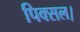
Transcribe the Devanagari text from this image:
पिक्सल।